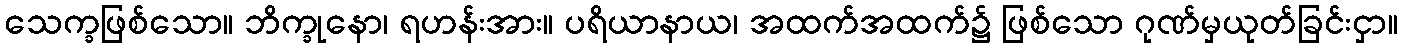
သေက္ခဖြစ်သော။ ဘိက္ခုနော၊ ရဟန်းအား။ ပရိယာနာယ၊ အထက်အထက်၌ ဖြစ်သော ဂုဏ်မှယုတ်ခြင်းငှာ။